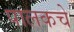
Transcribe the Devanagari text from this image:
पालकचे